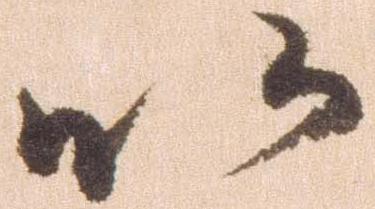
以